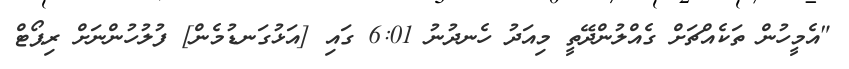
"އެމީހުން ތަކެއްޗަށް ގެއްލުންދޭތީ މިއަދު ހެނދުނު 6:01 ގައި [އަޅުގަނޑުމެން] ފުލުހުންނަށް ރިޕޯޓް